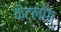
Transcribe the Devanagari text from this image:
कैट्लौग